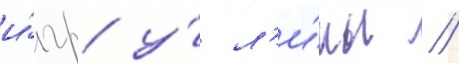
и́гр у́ л'и́мы /